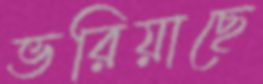
ভরিয়াছে